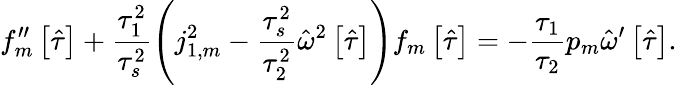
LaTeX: f_{m}^{\prime\prime}\left[\hat{\tau}\right]+\frac{\tau_{1}^{2}}{\tau_{s}^{2}}\left(j_{1,m}^{2}-\frac{\tau_{s}^{2}}{\tau_{2}^{2}}\hat{\omega}^{2}\left[\hat{\tau}\right]\right)f_{m}\left[\hat{\tau}\right]=-\frac{\tau_{1}}{\tau_{2}}p_{m}\hat{\omega}^{\prime}\left[\hat{\tau}\right].